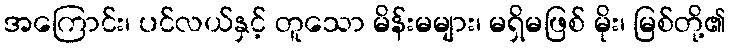
အကြောင်း၊ ပင်လယ်နှင့် တူသော မိန်းမများ၊ မရှိမဖြစ် မိုး၊ မြစ်တို့၏